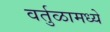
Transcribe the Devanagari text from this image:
वर्तुळामध्ये